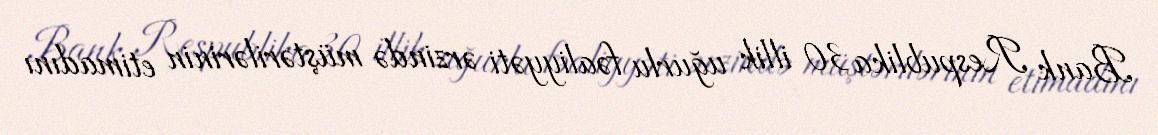
Bank Respublika 30 illik uğurlu fəaliyyəti ərzində müştərilərinin etimadını